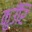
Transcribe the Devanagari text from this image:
कुउँरि